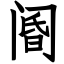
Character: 阍